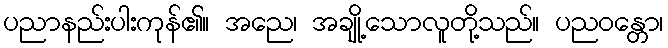
ပညာနည်းပါးကုန်၏။ အညေ၊ အချို့သောလူတို့သည်။ ပညဝန္တော၊